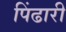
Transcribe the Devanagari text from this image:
पिंढारी